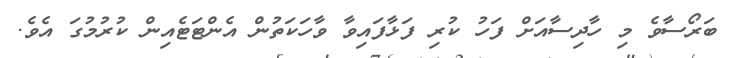
ބަރޯސާވެ މި ހާދިސާއަށް ފަހު ކުރި ފަޅާފައިވާ ވާހަކަތުން އެންޓަޓެއިން ކުރުމުގަ އެވެ.